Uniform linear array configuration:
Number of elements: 32
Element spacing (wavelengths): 0.5
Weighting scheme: hann
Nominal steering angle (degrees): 15
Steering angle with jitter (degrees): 15.144
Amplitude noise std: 0.05
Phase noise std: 0.05

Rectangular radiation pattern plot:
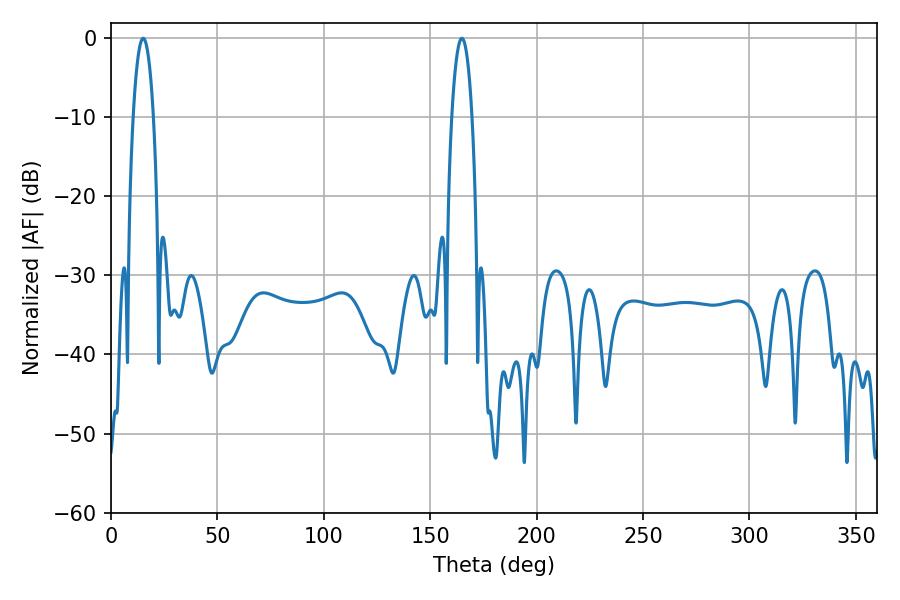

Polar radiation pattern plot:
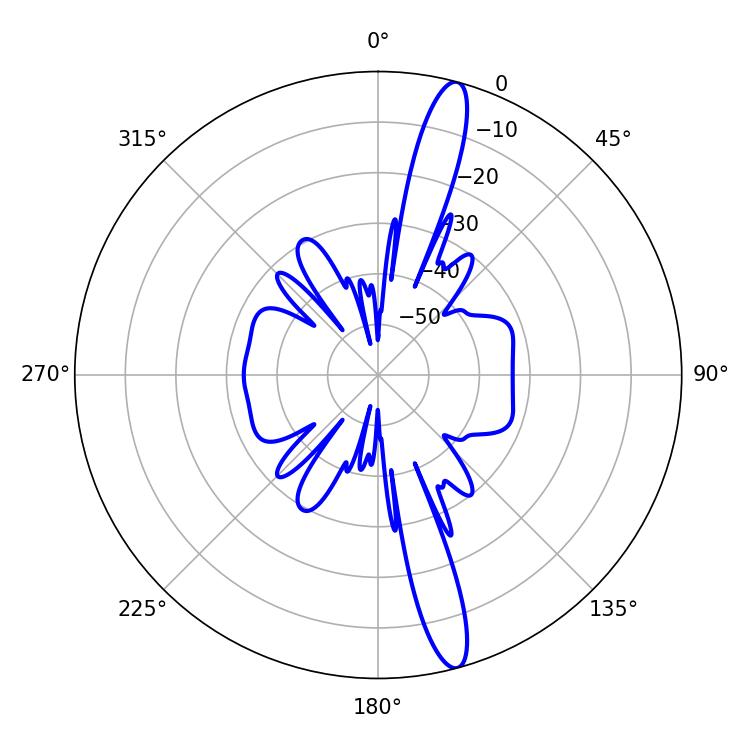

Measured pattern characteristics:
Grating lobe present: FALSE
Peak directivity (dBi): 15.857
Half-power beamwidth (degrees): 5.4
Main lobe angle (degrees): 15.12